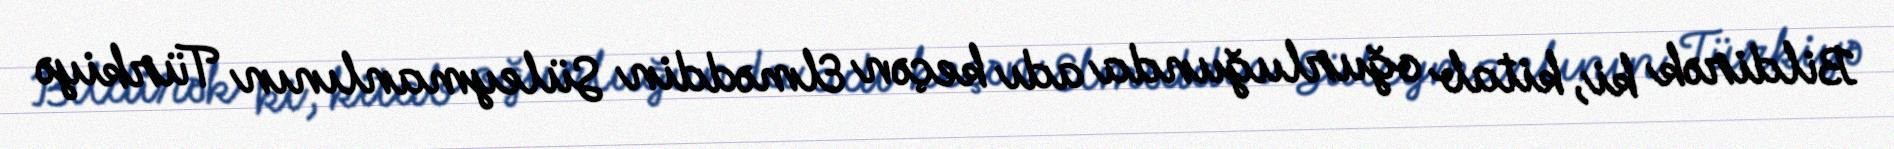
Bildirək ki, kitab oğurluğunda adı keçən Elməddin Süleymanlının Türkiyə